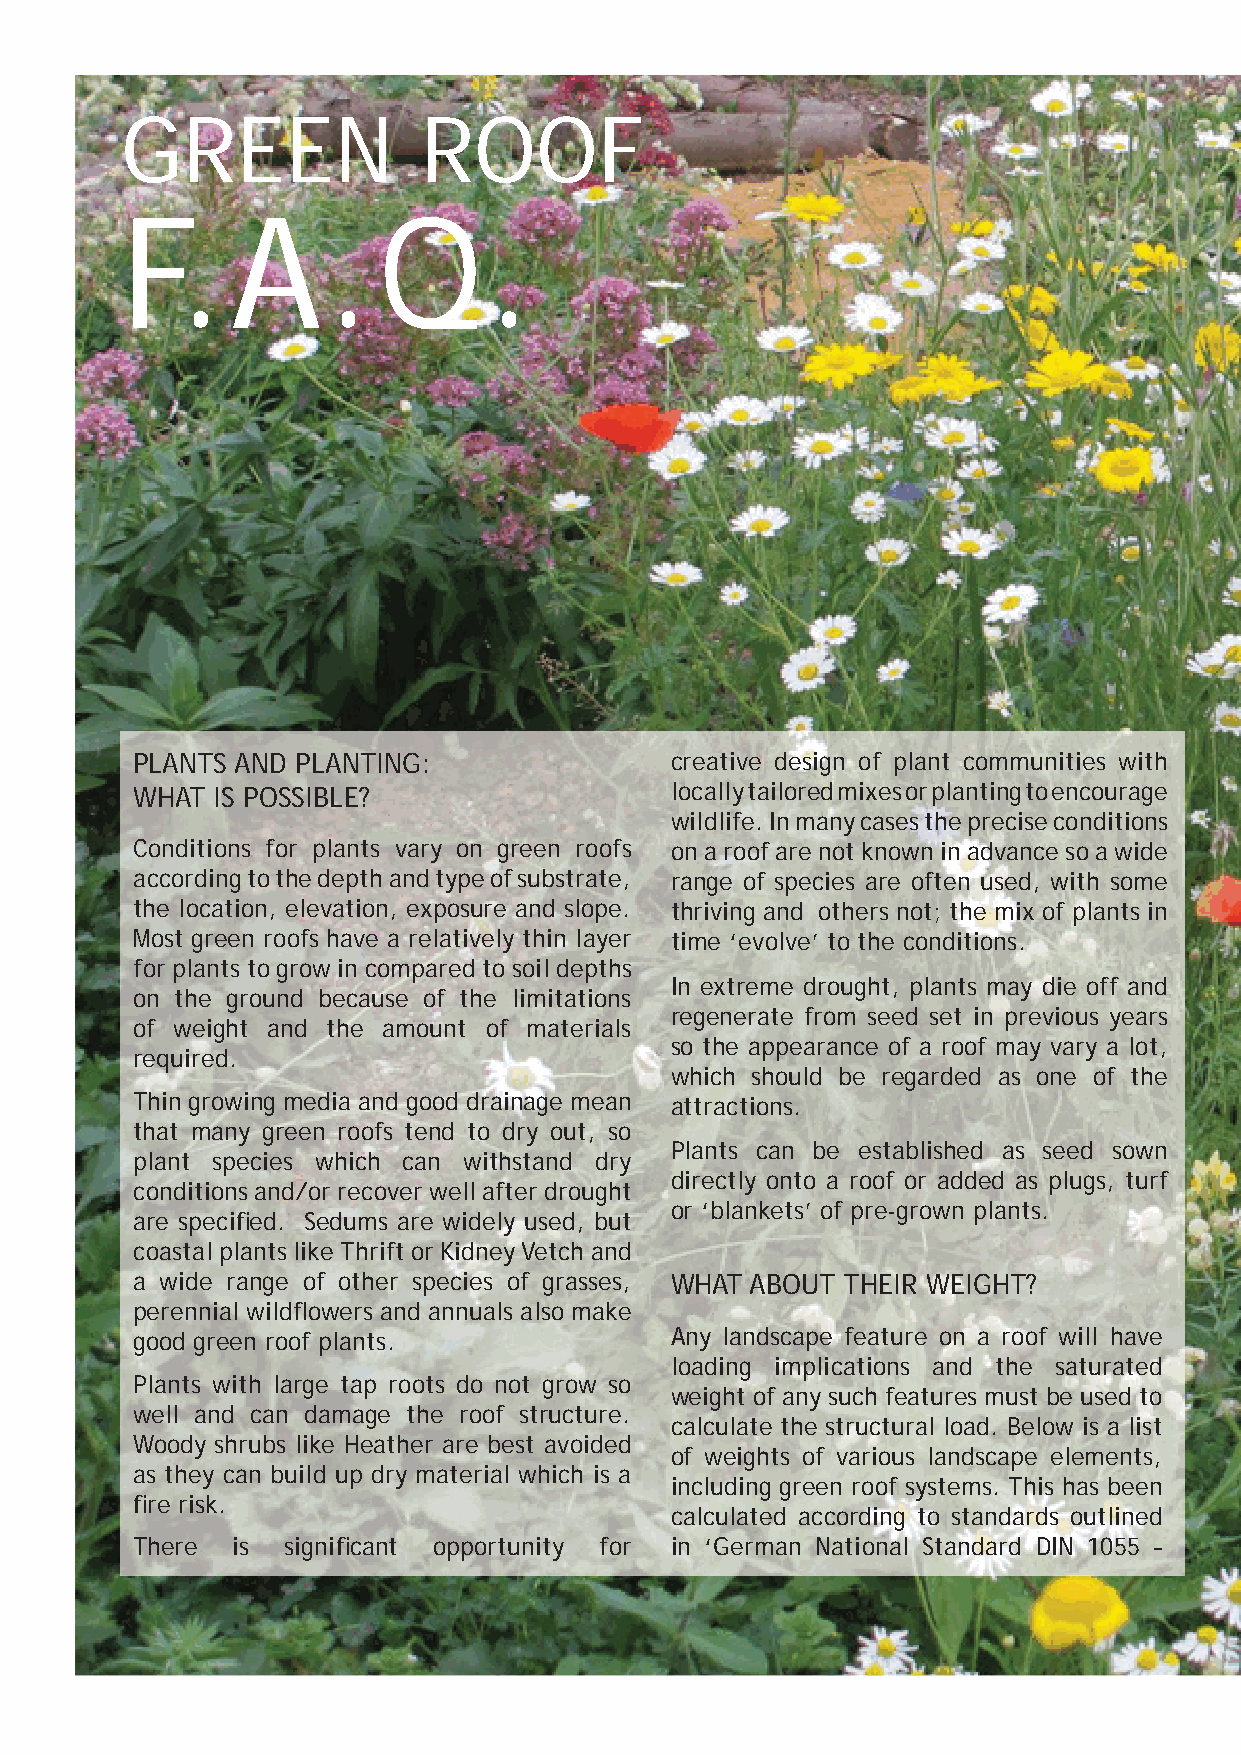
GREEN               ROOF
 F.A.Q.
 PLANTS AND PLANTING:               creative design of plant communities with
 WHAT IS POSSIBLE?                  locally tailored mixes or planting to encourage
 wildlife. In many cases the precise conditions
 Conditions for plants vary on green roofs on a roof are not known in advance so a wide
 according to the depth and type of substrate, range of species are often used, with some
 the location, elevation, exposure and slope. thriving and others not; the mix of plants in
 Most green roofs have a relatively thin layer time ‘evolve’ to the conditions.
 for plants to grow in compared to soil depths
 In extreme drought, plants may die off and
 on the ground because of the limitations
 regenerate from seed set in previous years
 of weight and the amount of materials
 so the appearance of a roof may vary a lot,
 required.
 which should be regarded as one of the
 Thin growing media and good drainage mean attractions.
 that many green roofs tend to dry out, so
 Plants can be established as seed sown
 plant species which can withstand dry
 directly onto a roof or added as plugs, turf
 conditions and/or recover well after drought
 or ‘blankets’ of pre-grown plants.
 are specifi ed. Sedums are widely used, but
 coastal plants like Thrift or Kidney Vetch and
 a wide range of other species of grasses, WHAT ABOUT THEIR WEIGHT?
 perennial wildfl owers and annuals also make
 good green roof plants.            Any landscape feature on a roof will have
 loading implications and the saturated
 Plants with large tap roots do not grow so
 weight of any such features must be used to
 well and can damage the roof structure.
 calculate the structural load. Below is a list
 Woody shrubs like Heather are best avoided
 of weights of various landscape elements,
 as they can build up dry material which is a
 including green roof systems. This has been
 fi re risk.
 calculated according to standards outlined
 There is  signifi cant opportunity for in ‘German National Standard DIN 1055 –